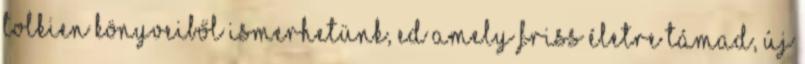
Tolkien könyveiből ismerhetünk, ed amely friss életre támad, új